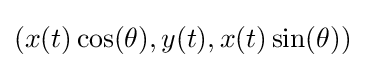
(x(t)\cos(\theta ),y(t),x(t)\sin(\theta ))